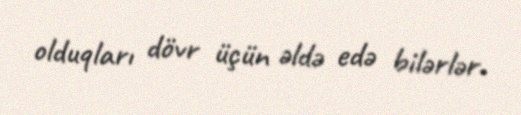
olduqları dövr üçün əldə edə bilərlər.